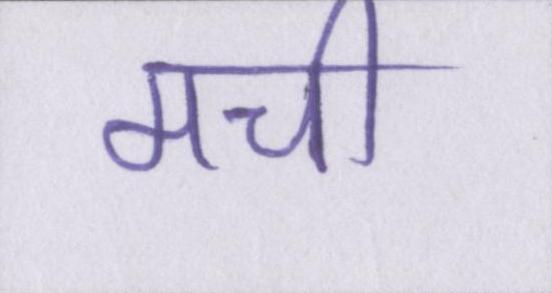
मची